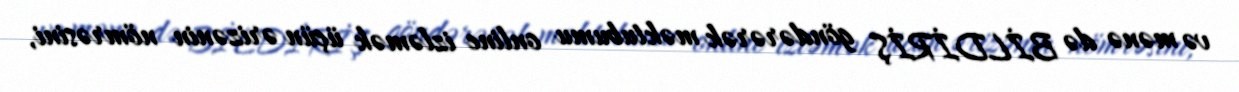
və mənə də BİLDİRİŞ göndərərək məktubumu online izləmək üçün ərizənin nömrəsini,